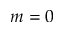
m = 0